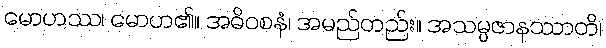
မောဟဿ၊ မောဟ၏။ အဓိဝစနံ၊ အမည်တည်း။ အသမ္ပဇာနဿာတိ၊